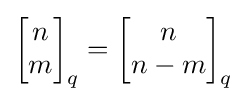
{\begin{bmatrix}n\\m\end{bmatrix}}_{q}={\begin{bmatrix}n\\n-m\end{bmatrix}}_{q}